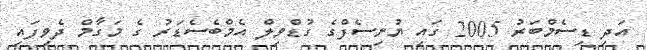
އަދި ޑިސެމްބަރު 2005 ގައި ޔުނިސެފްގެ ގުޑްވިލް އެމްބެސެޑަރު ގެ މަގާމް ދެވިފައި